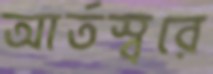
আর্তস্বরে